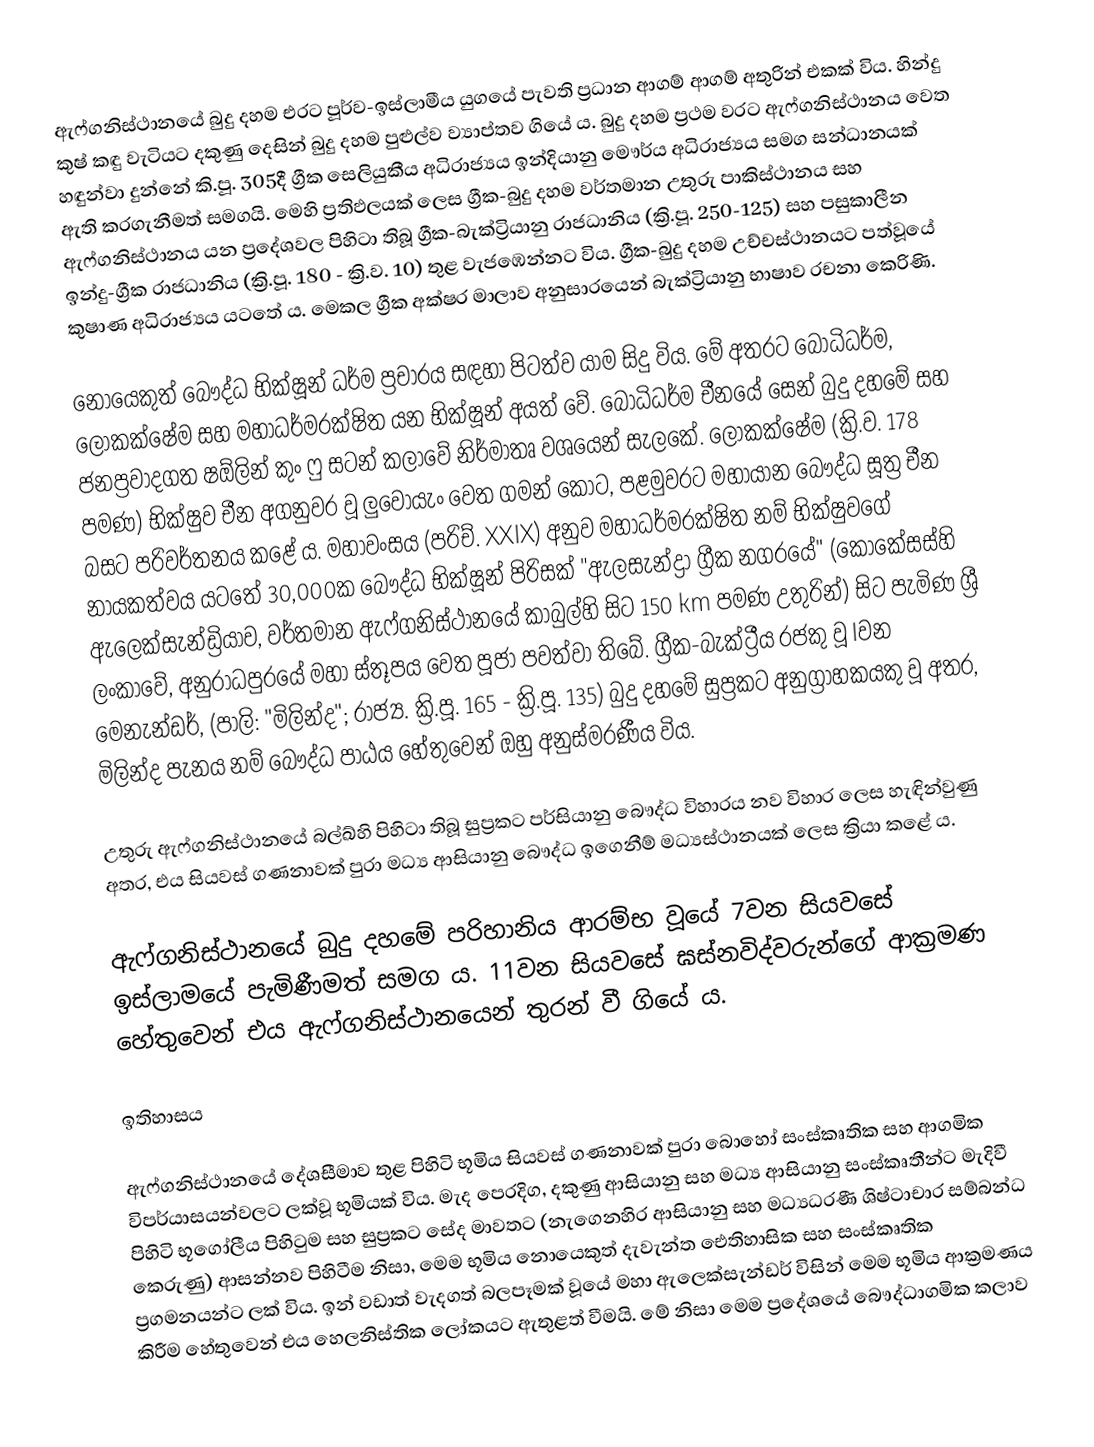
ඇෆ්ගනිස්ථානයේ බුදු දහම එරට පූර්ව-ඉස්ලාමීය යුගයේ පැවති ප්‍රධාන ආගම් ආගම් අතුරින් එකක් විය. හින්දු කුෂ් කඳු වැටියට දකුණු දෙසින් බුදු දහම පුළුල්ව ව්‍යාප්තව ගියේ ය. බුදු දහම ප්‍රථම වරට ඇෆ්ගනිස්ථානය වෙත හඳුන්වා දුන්නේ කි.පූ. 305දී ග්‍රීක සෙලියුකීය අධිරාජ්‍යය ඉන්දියානු මෞර්ය අධිරාජ්‍යය සමග සන්ධානයක් ඇති කරගැනීමත් සමගයි. මෙහි ප්‍රතිඵලයක් ලෙස ග්‍රීක-බුදු දහම වර්තමාන උතුරු පාකිස්ථානය සහ ඇෆ්ගනිස්ථානය යන ප්‍රදේශවල පිහිටා තිබූ ග්‍රීක-බැක්ට්‍රියානු රාජධානිය (ක්‍රි.පූ. 250-125) සහ පසුකාලීන ඉන්දු-ග්‍රීක රාජධානිය (ක්‍රි.පූ. 180 - ක්‍රි.ව. 10) තුළ වැජඹෙන්නට විය. ග්‍රීක-බුදු දහම උච්චස්ථානයට පත්වූයේ කුෂාණ අධිරාජ්‍යය යටතේ ය. මෙකල ග්‍රීක අක්ෂර මාලාව අනුසාරයෙන් බැක්ට්‍රියානු භාෂාව රචනා කෙරිණි.

නොයෙකුත් බෞද්ධ භික්ෂූන් ධර්ම ප්‍රචාරය සඳහා පිටත්ව යාම සිදු විය. මේ අතරට බෝධිධර්ම, ලෝකක්ෂේම සහ මහාධර්මරක්ෂිත යන භික්ෂූන් අයත් වේ. බෝධිධර්ම චීනයේ සෙන් බුදු දහමේ සහ ජනප්‍රවාදගත ෂඕලින් කුං ෆු සටන් කලාවේ නිර්මාතෘ වශයෙන් සැලකේ. ලොකක්ෂේම (ක්‍රි.ව. 178 පමණ) භික්ෂුව චීන අගනුවර වූ ලුවෝයැං වෙත ගමන් කොට, පළමුවරට මහායාන බෞද්ධ සූත්‍ර චීන බසට පරිවර්තනය කළේ ය. මහාවංසය (පරිච්. XXIX) අනුව මහාධර්මරක්ෂිත නම් භික්ෂුවගේ නායකත්වය යටතේ 30,000ක බෞද්ධ භික්ෂූන් පිරිසක් "ඇලසැන්ද්‍රා ග්‍රීක නගරයේ" (කොකේසස්හි ඇලෙක්සැන්ඩ්‍රියාව, වර්තමාන ඇෆ්ගනිස්ථානයේ කාබුල්හි සිට 150 km පමණ උතුරින්) සිට පැමිණ ශ්‍රී ලංකාවේ, අනුරාධපුරයේ මහා ස්තූපය වෙත පූජා පවත්වා තිබේ. ග්‍රීක-බැක්ට්‍රීය රජකු වූ Iවන මෙනැන්ඩර්, (පාලි: "මිලින්ද"; රාජ්‍ය. ක්‍රි.පූ. 165 - ක්‍රි.පූ. 135) ‍බුදු දහමේ සුප්‍රකට අනුග්‍රාහකයකු වූ අතර, මිලින්ද පැනය නම් බෞද්ධ පාඨය හේතුවෙන් ඔහු අනුස්මරණීය විය.

උතුරු ඇෆ්ගනිස්ථානයේ බල්ඛ්හි පිහිටා තිබූ සුප්‍රකට පර්සියානු ‍බෞද්ධ විහාරය නව විහාර ලෙස හැඳින්වුණු අතර, එය සියවස් ගණනාවක් පුරා මධ්‍ය ආසියානු බෞද්ධ ඉගෙනීම් මධ්‍යස්ථානයක් ලෙස ක්‍රියා කළේ ය.

ඇෆ්ගනිස්ථාන‍යේ බුදු දහමේ පරිහානිය ආරම්භ වූයේ 7වන සියවසේ ඉස්ලාමයේ පැමිණීමත් සමග ය. 11වන සියවසේ ඝස්නවිද්වරුන්ගේ ආක්‍රමණ හේතුවෙන් එය ඇෆ්ගනිස්ථානයෙන් තුරන් වී ගියේ ය.

ඉතිහාසය

ඇෆ්ගනිස්ථානයේ දේශසීමාව තුළ පිහිටි භූමිය සියවස් ගණනාවක් පුරා බොහෝ සංස්කෘතික සහ ආගමික විපර්යාසයන්වලට ලක්වූ භූමියක් විය. මැද පෙරදිග, දකුණු ආසියානු සහ මධ්‍ය ආසියානු සංස්කෘතීන්ට මැදිවී පිහිටි භූගෝලීය පිහිටුම සහ සුප්‍රකට සේද මාවතට (නැගෙනහිර ආසියානු සහ මධ්‍යධරණී ශිෂ්ටාචාර සම්බන්ධ කෙරුණු) ආසන්නව පිහිටීම නිසා, මෙම භූමිය නොයෙකුත් දැවැන්ත ඓතිහාසික සහ සංස්කෘතික ප්‍රගමනයන්ට ලක් විය. ඉන් වඩාත් වැදගත් බලපෑමක් වූයේ මහා ඇලෙක්සැන්ඩර් විසින් මෙම භූමිය ආක්‍රමණය කිරීම හේතුවෙන් එය හෙලනිස්තික ලෝකයට ඇතුළත් වීමයි. මේ නිසා මෙම ප්‍රදේශයේ බෞද්ධාගමික කලාව